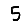
Digit: 5